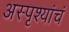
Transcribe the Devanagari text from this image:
अस्पृश्यांचं